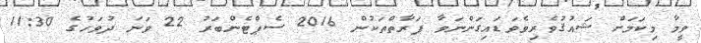
ވީމާ މިކަމަށް ޝައުޤުވެރިވެވަޑައިގަންނަވާ ފަރާތްތަކުން 2016 ސެޕްޓެންބަރު 22 ވަނަ ދުވަހުގެ 11:30